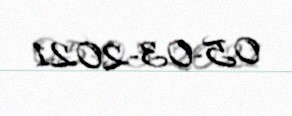
05-03-2021